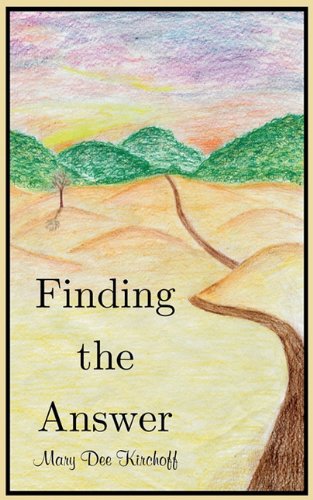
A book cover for Finding the Answer; Mary Dee Kirchoff; Sports & Outdoors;